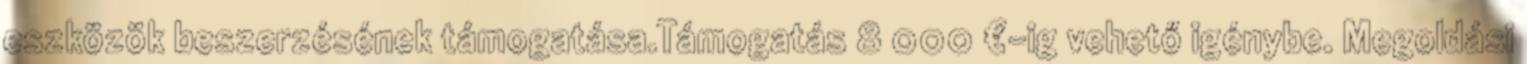
eszközök beszerzésének támogatása.Támogatás 8 000 €-ig vehető igénybe. Megoldási